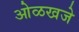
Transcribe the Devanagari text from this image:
ओळखजे